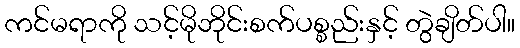
ကင်မရာကို သင့်မိုဘိုင်းစက်ပစ္စည်းနှင့် တွဲချိတ်ပါ။